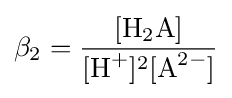
\beta _{2}={\frac {[{\ce {H2A}}]}{[{\ce {H+}}]^{2}[{\ce {A^2-}}]}}